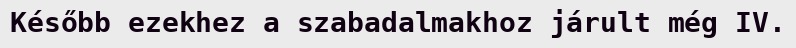
Később ezekhez a szabadalmakhoz járult még IV.